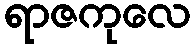
ရာဇကုလေ